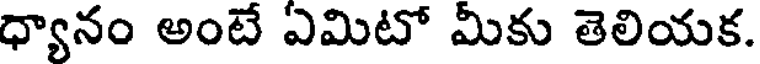
ధ్యానం అంటే ఎమిటో మీకు తెలియక.